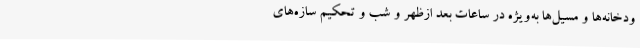
ودخانه‌ها و مسیل‌ها به‌ویژه در ساعات بعد ازظهر و شب و تحکیم سازه‌های